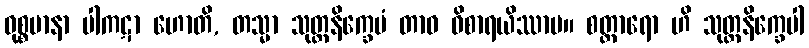
ဝုစ္စမာနာ ပါကဋာ ဟောတိ, တသ္မာ သုတ္တနိက္ခေပံ တာဝ ဝိစာရယိဿာမ။ စတ္တာရော ဟိ သုတ္တနိက္ခေပါ